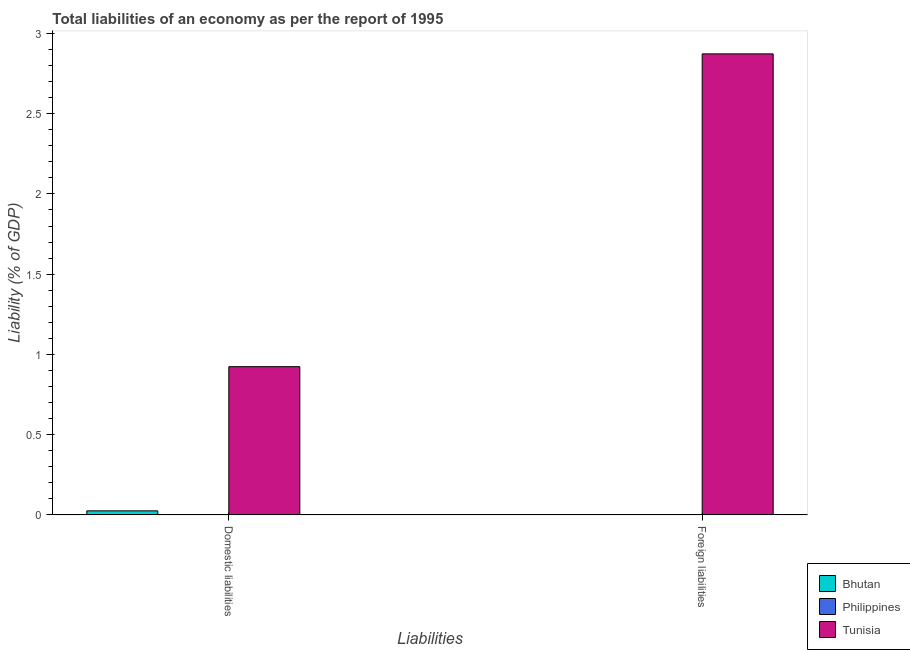
| Liabilities | Bhutan | Philippines | Tunisia |
 | --- | --- | --- | --- |
 | Domestic liabilities | 0.0254 | -0.528 | 0.924 |
 | Foreign liabilities | -0.0682 | -0.7 | 2.87 |